Civil Veterinary Dept. Assam report 1911-1927 - 1911-1927
Year: 1911
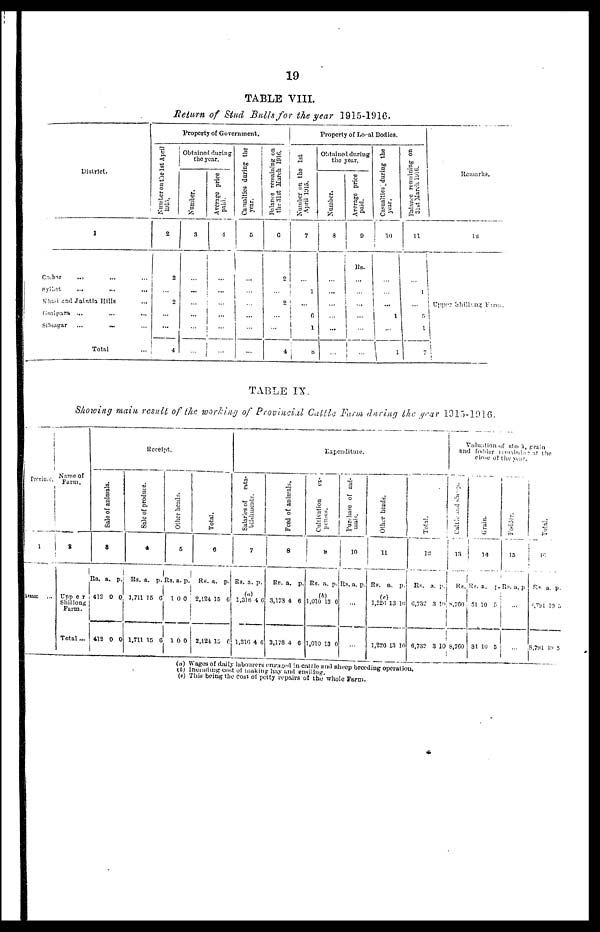
19
TABLE VIII.
Return of Stud Bulls for the year 1915-1916.
District.
1
Cachar
... ... ...
Sylhet
... ... ...
Khasi and Jaintia Hills ...
Goalpara ... ... ...
Sibsagar ... ... ...
Total
Property of Government.
Number on the 1st April
1915.
2
2
2
...
...
4
Obtained during
the year.
Number.
3
...
...
...
Average price
paid.
4
...
...
...
...
...
...
Casualties during the
year.
5
...
...
...
Balance remaining on
the 31st March 1916.
6
2
2
...
4
Property of Local Bodies.
Number on the 1st
April 1915.
7
...
1
...
6
1
8
Obtained during
the year.
Number.
8
...
...
Average price
paid.
9
lis.
...
...
...
...
...
Casualties during the
year.
10
...
...
1
...
1
Balance remaining on
31st March 1916.
11
...
1
...
I
1
7
Remarks.
12
Upper Shilleng Herat.
TABLE IX.
Showing main result of the working of Provincial Cattle Farm during the year 1915-1916.
Province.
1
Assam
...
Name of
Farm.
2
Upper
Shillong
Farm.
Total...
Receipt.
Sale of animals.
8
Rs.
412
412
a.
0
0
p.
0
0
Sale of produce.
4
Rs.
1,711
1,711
a.
15
15
p.
6
6
Other heads.
6
Rs.
1
1
a.
0
0
p.
0
0
Tot al .
6
Re. a
2,124
2,124
.
15
15
p.
6
6
Expenditure
.
Salaries of esta-
blishments.
7
Rs.
(a
1,31
1,316
a.
)
6 4
4
p.
6
6
Feed of animals.
8
Rs.
3,173
3,178
a.
4
4
p.
6
6
Cultivation ex-
penses.
9
Rs. a
1,010
1,010
.
13
13
p.
0
0
Pur chas e of ani -
10
Rs. a.
...
...
p.
Other heads.
11
Rs.
1,226
1,220
a.
13
13
p.
16
10
Tot al .
12
Rs.
0,732
6,732
a.
3
3
p.
10
10
Valuation of stock ,gran
and fodder remaining at the
closeof the year.
Cattle and sheep.
13
Rs.
8,760
8,760
G
rain.
Rs.
81
31
a. p.
10
10 5
5
Fodder .
15
Rs. a . p.
Tot al .
16
Rs.
8,791
8,701
a.
10
10
p.
5
5
(a) Wages of daily labourers engaged in cattle and sheep breeding operation.
(b) including cost of making hay and ensiling.
(c) This being the cost of petty repairs of the whole Farm.